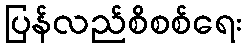
ပြန်လည်စိစစ်ရေး